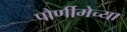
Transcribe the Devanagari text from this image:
पौर्णीमेच्या